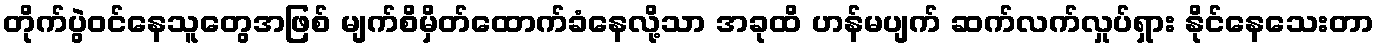
တိုက်ပွဲဝင်နေသူတွေအဖြစ် မျက်စိမှိတ်ထောက်ခံနေလို့သာ အခုထိ ဟန်မပျက် ဆက်လက်လှုပ်ရှား နိုင်နေသေးတာ